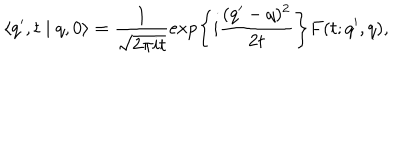
LaTeX: \langle q ^ { \prime } , t \mid q , 0 \rangle = \frac { 1 } { \sqrt { 2 \pi i t } } \exp \left\{ i \frac { ( q ^ { \prime } - q ) ^ { 2 } } { 2 t } \right\} F ( t ; q ^ { \prime } , q ) ,